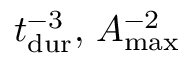
\ensuremath { t _ { \mathrm { d u r } } } ^ { - 3 } , \, \ensuremath { A _ { \mathrm { m a x } } } ^ { - 2 }